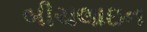
બીચલાઇન